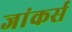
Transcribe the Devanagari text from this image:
जांकर्स